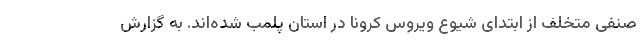
صنفی متخلف از ابتدای شیوع ویروس کرونا در استان پلمب شده‌اند. به گزارش